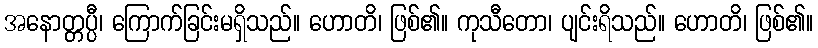
အနောတ္တပ္ပီ၊ ကြောက်ခြင်းမရှိသည်။ ဟောတိ၊ ဖြစ်၏။ ကုသီတော၊ ပျင်းရိသည်။ ဟောတိ၊ ဖြစ်၏။